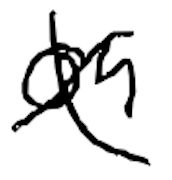
Text: on
Cross-out: cross
Writing tool: digital_black